38_143685_box_Incident_Summaries_173-233
Agency: Department of War
Page 77
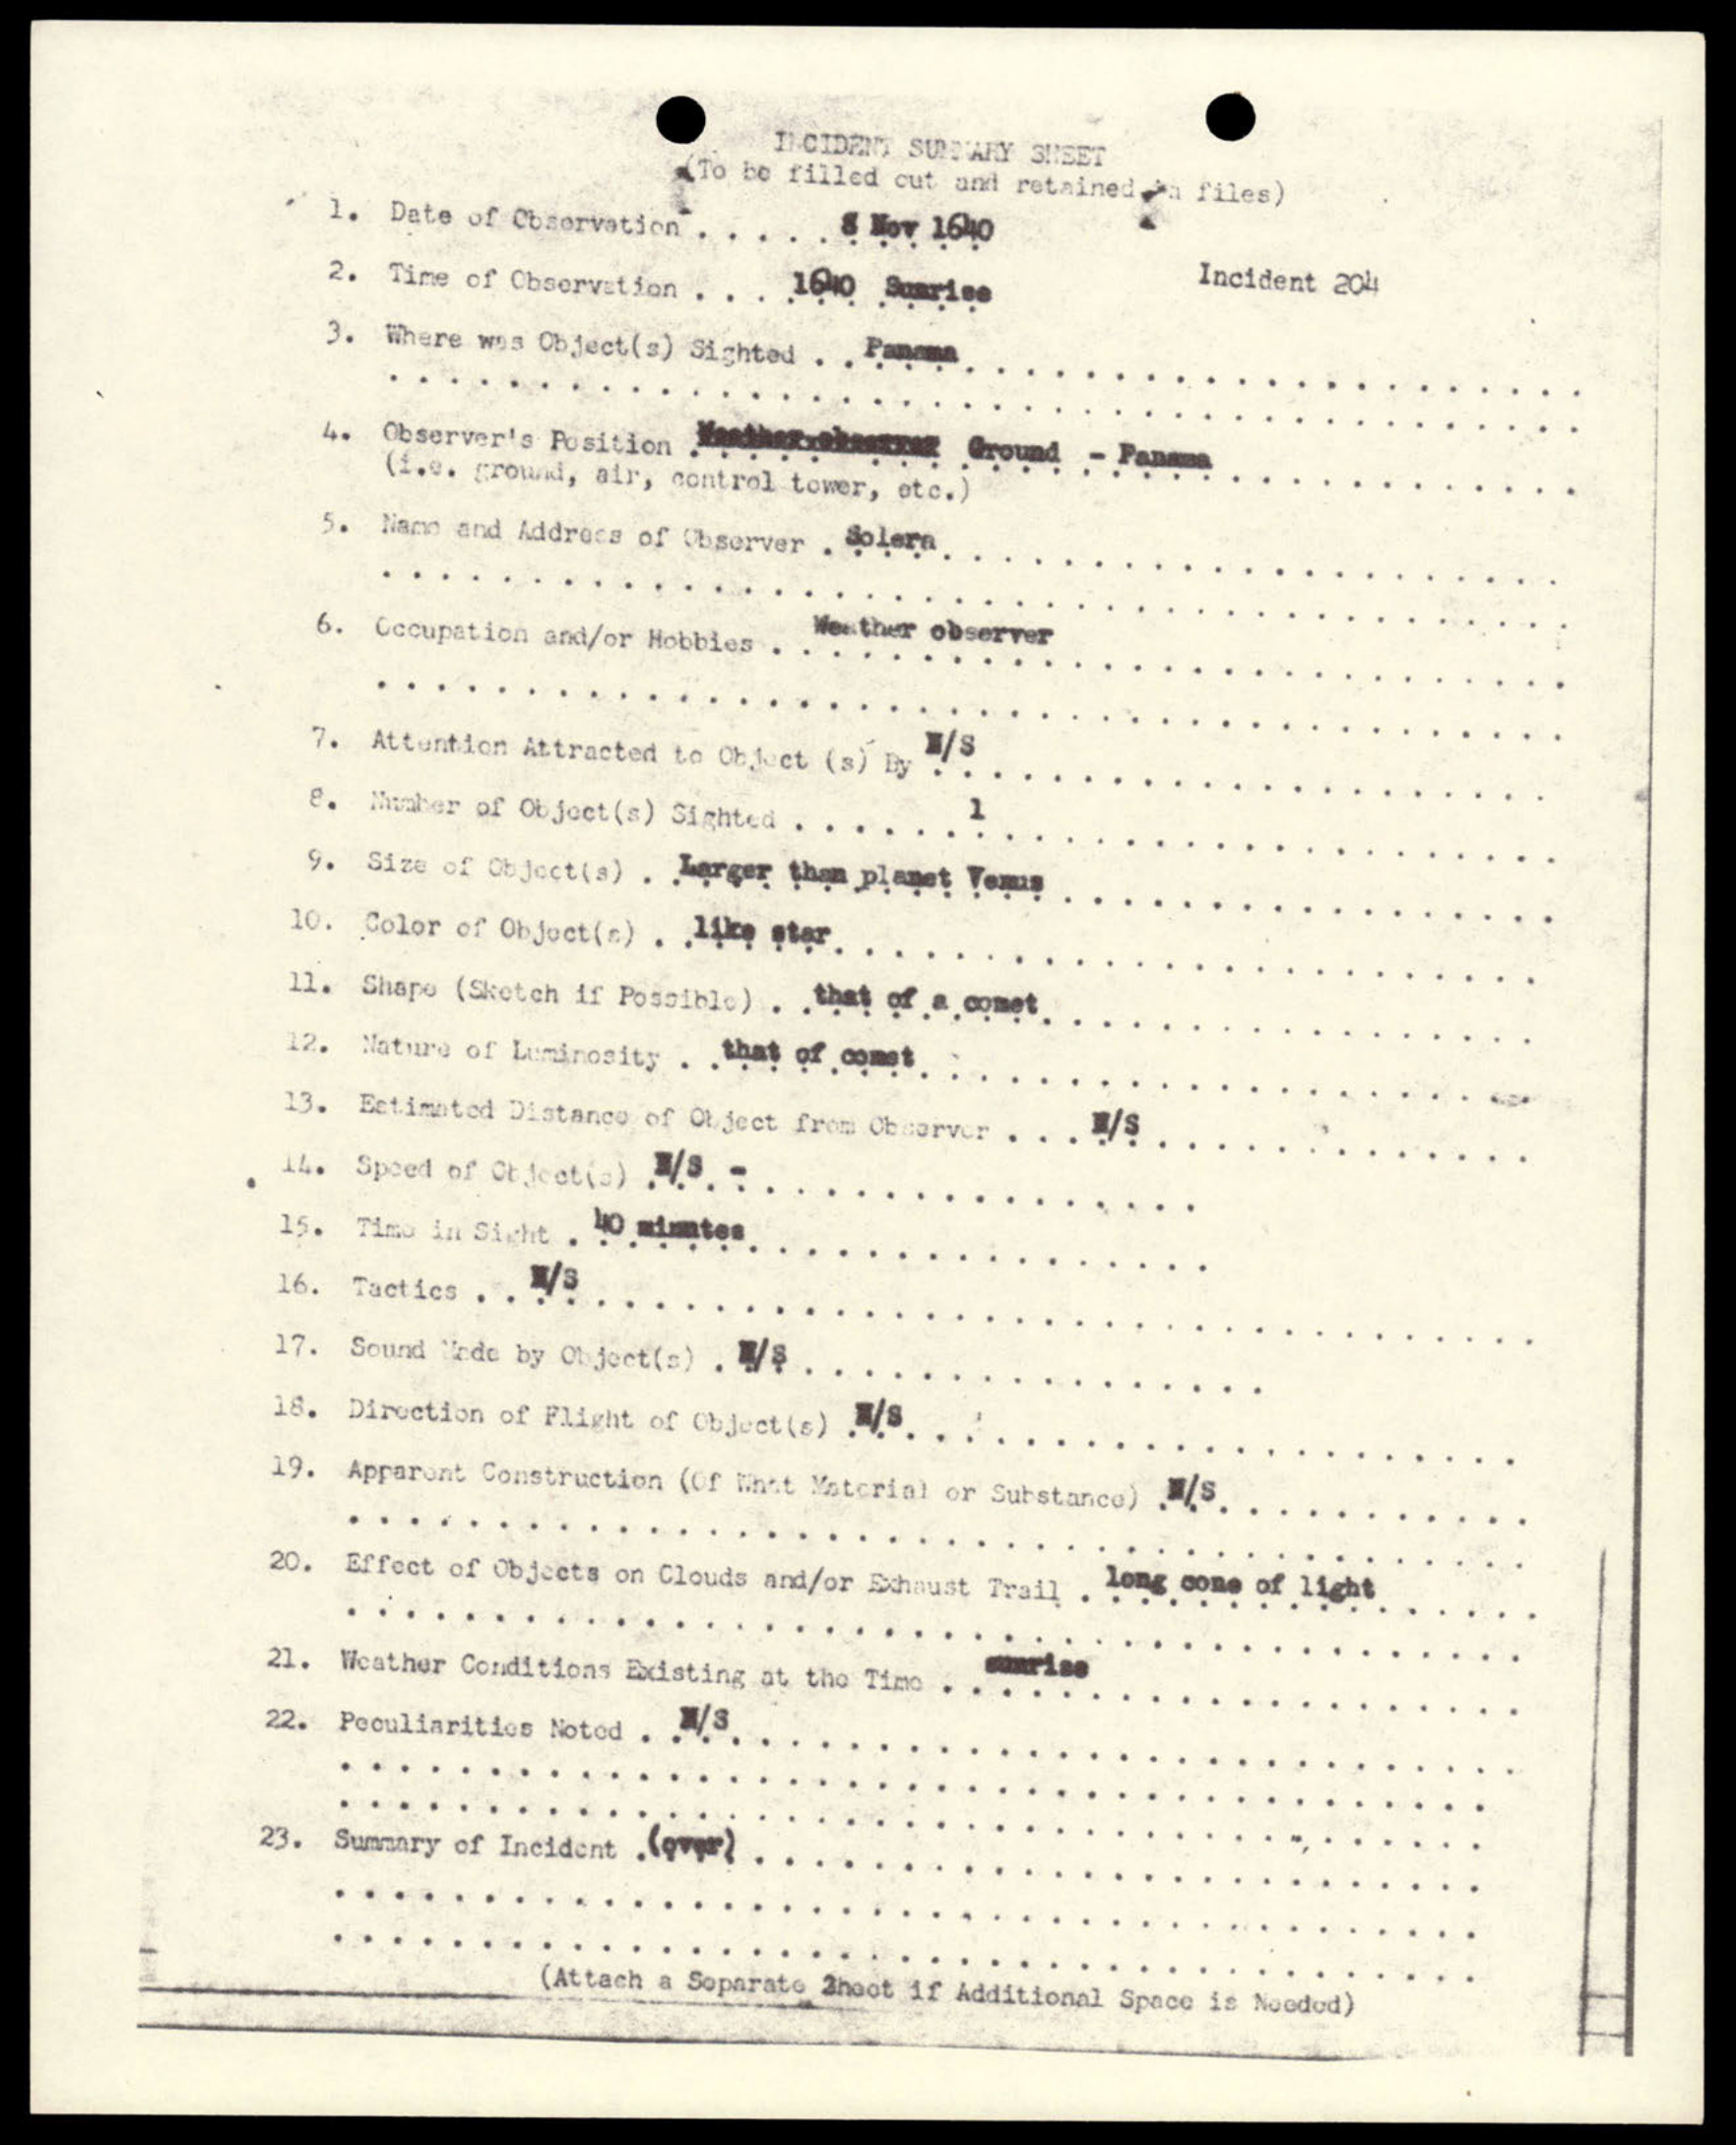